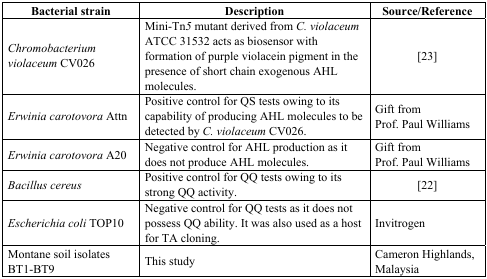
<table><thead><tr><td><b>Bacterial strain</b></td><td><b>Description</b></td><td><b>Source/Reference</b></td></tr></thead><tbody><tr><td><i>Chromobacterium violaceum</i> CV026</td><td>Mini-Tn<i>5</i> mutant derived from <i>C. violaceum</i> ATCC 31532 acts as biosensor with formation of purple violacein pigment in the presence of short chain exogenous AHL molecules.</td><td>[23]</td></tr><tr><td><i>Erwinia carotovora</i> Attn</td><td>Positive control for QS tests owing to its capability of producing AHL molecules to be detected by <i>C. violaceum</i> CV026.</td><td>Gift from Prof. Paul Williams</td></tr><tr><td><i>Erwinia carotovora</i> A20</td><td>Negative control for AHL production as it does not produce AHL molecules.</td><td>Gift from Prof. Paul Williams</td></tr><tr><td><i>Bacillus cereus</i></td><td>Positive control for QQ tests owing to its strong QQ activity.</td><td>[22]</td></tr><tr><td><i>Escherichia coli</i> TOP10</td><td>Negative control for QQ tests as it does not possess QQ ability. It was also used as a host for TA cloning.</td><td>Invitrogen</td></tr><tr><td>Montane soil isolates BT1-BT9</td><td>This study</td><td>Cameron Highlands, Malaysia</td></tr></tbody></table>